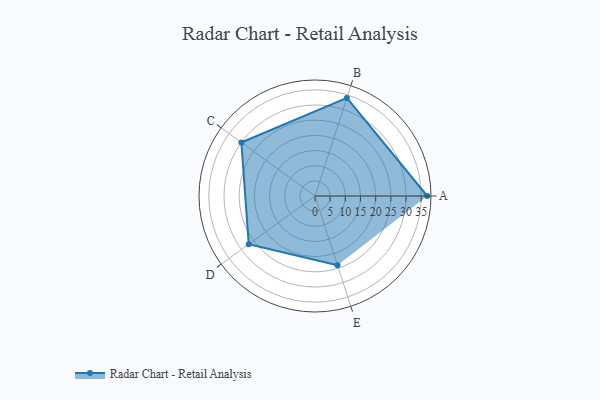
{"axis": {"x": "Skill", "y": "Score"}, "legend": ["Profile"], "data": [{"x": "A", "y": 37.0, "type": "Profile"}, {"x": "B", "y": 34.0, "type": "Profile"}, {"x": "C", "y": 30.0, "type": "Profile"}, {"x": "D", "y": 27.0, "type": "Profile"}, {"x": "E", "y": 24.0, "type": "Profile"}]}